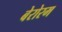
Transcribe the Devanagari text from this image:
बेरोरम